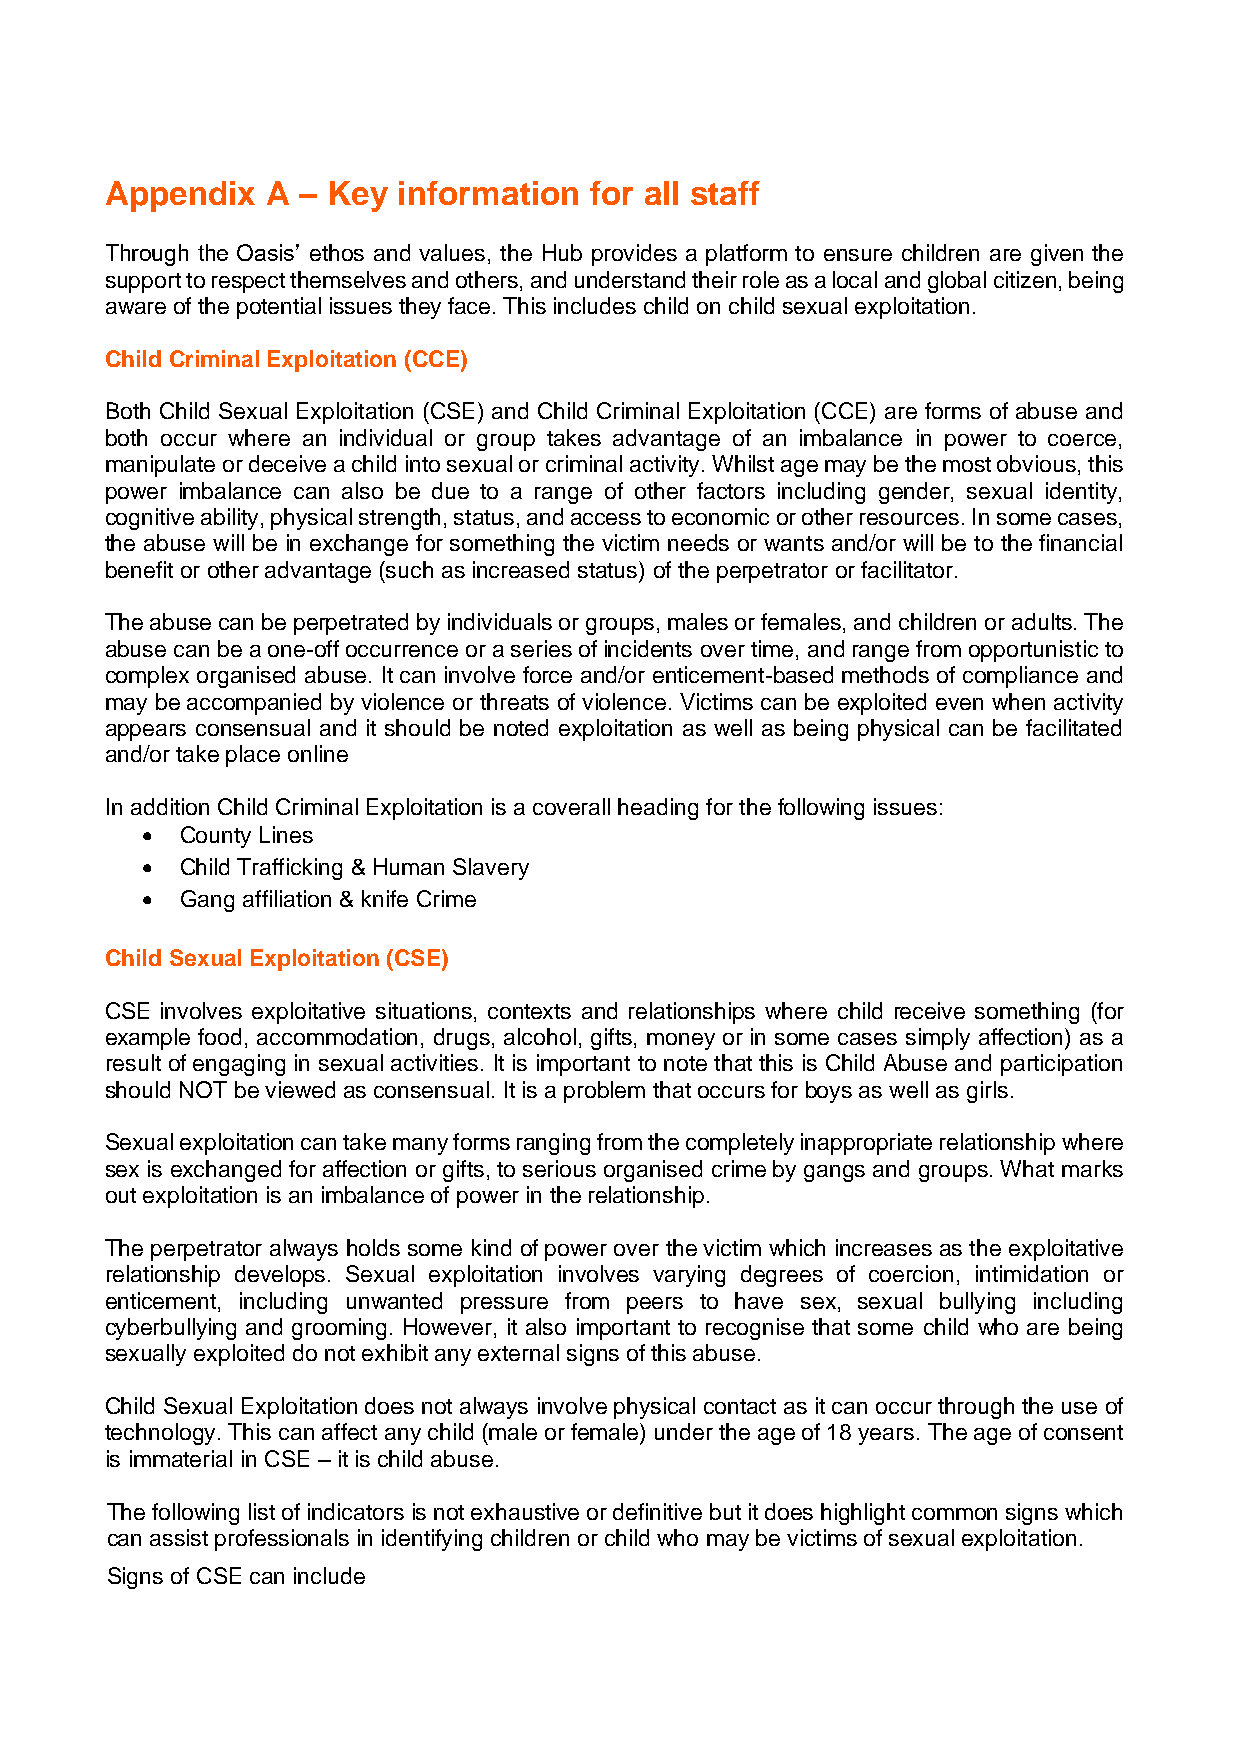
Appendix   A – Key information  for all staff
 Through the Oasis’ ethos and values, the Hub provides a platform to ensure children are given the
 support to respect themselves and others, and understand their role as a local and global citizen, being
 aware of the potential issues they face. This includes child on child sexual exploitation.
 Child Criminal Exploitation (CCE)
 Both Child Sexual Exploitation (CSE) and Child Criminal Exploitation (CCE) are forms of abuse and
 both occur where an individual or group takes advantage of an imbalance in power to coerce,
 manipulate or deceive a child into sexual or criminal activity. Whilst age may be the most obvious, this
 power imbalance can also be due to a range of other factors including gender, sexual identity,
 cognitive ability, physical strength, status, and access to economic or other resources. In some cases,
 the abuse will be in exchange for something the victim needs or wants and/or will be to the financial
 benefit or other advantage (such as increased status) of the perpetrator or facilitator.
 The abuse can be perpetrated by individuals or groups, males or females, and children or adults. The
 abuse can be a one-off occurrence or a series of incidents over time, and range from opportunistic to
 complex organised abuse. It can involve force and/or enticement-based methods of compliance and
 may be accompanied by violence or threats of violence. Victims can be exploited even when activity
 appears consensual and it should be noted exploitation as well as being physical can be facilitated
 and/or take place online
 In addition Child Criminal Exploitation is a coverall heading for the following issues:
 •  County Lines
 •  Child Trafficking & Human Slavery
 •  Gang affiliation & knife Crime
 Child Sexual Exploitation (CSE)
 CSE involves exploitative situations, contexts and relationships where child receive something (for
 example food, accommodation, drugs, alcohol, gifts, money or in some cases simply affection) as a
 result of engaging in sexual activities. It is important to note that this is Child Abuse and participation
 should NOT be viewed as consensual. It is a problem that occurs for boys as well as girls.
 Sexual exploitation can take many forms ranging from the completely inappropriate relationship where
 sex is exchanged for affection or gifts, to serious organised crime by gangs and groups. What marks
 out exploitation is an imbalance of power in the relationship.
 The perpetrator always holds some kind of power over the victim which increases as the exploitative
 relationship develops. Sexual exploitation involves varying degrees of coercion, intimidation or
 enticement, including unwanted pressure from peers to have sex, sexual bullying including
 cyberbullying and grooming. However, it also important to recognise that some child who are being
 sexually exploited do not exhibit any external signs of this abuse.
 Child Sexual Exploitation does not always involve physical contact as it can occur through the use of
 technology. This can affect any child (male or female) under the age of 18 years. The age of consent
 is immaterial in CSE – it is child abuse.
 The following list of indicators is not exhaustive or definitive but it does highlight common signs which
 can assist professionals in identifying children or child who may be victims of sexual exploitation.
 Signs of CSE can include